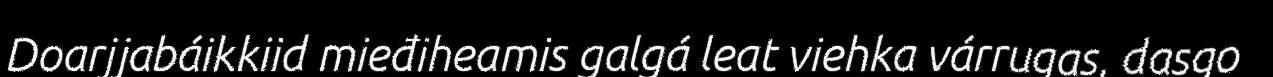
Doarjjabáikkiid mieđiheamis galgá leat viehka várrugas, dasgo